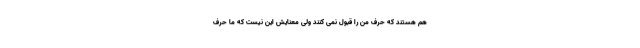
هم هستند که حرف من را قبول نمی کنند ولی معنایش این نیست که ما حرف